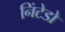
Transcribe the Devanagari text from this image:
निंटेडो